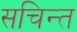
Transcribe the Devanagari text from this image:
सचिन्त